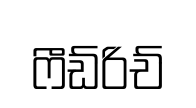
ෆීඩ්රිච්